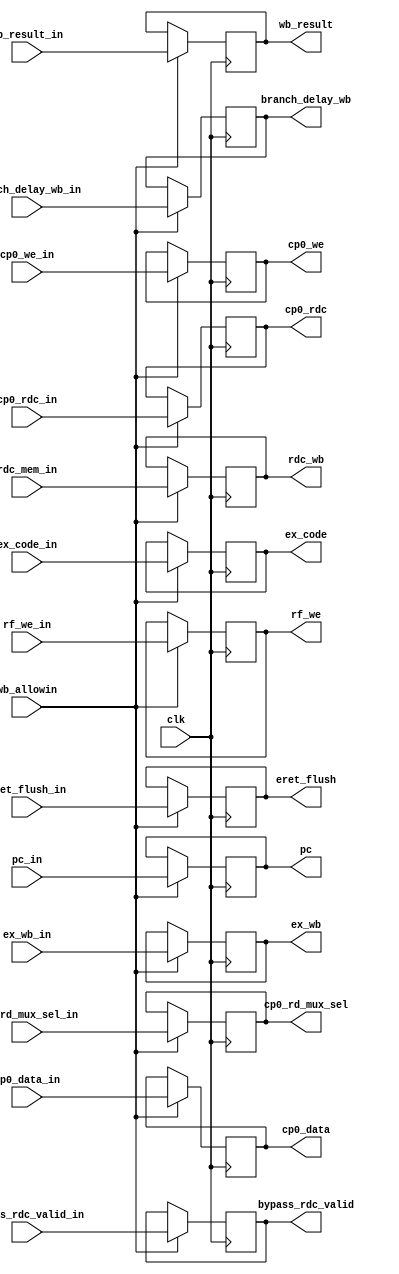
`timescale 1ns / 1ps
//////////////////////////////////////////////////////////////////////////////////
// 
// Design Name: 
// Module Name: WB_PIPE_REG
// 
//////////////////////////////////////////////////////////////////////////////////


module wb_pipe_reg
(
    input wire clk,
    input wire wb_allowin,
    input wire bypass_rdc_valid_in,
    
    input wire [31:0] wb_result_in,
    input wire [ 4:0] rdc_mem_in,
    
    input wire rf_we_in,
    
    input wire cp0_rd_mux_sel_in,
    input wire cp0_we_in,
    input wire ex_wb_in,
    input wire eret_flush_in,
    input wire branch_delay_wb_in,
    
    input wire [ 4:0] cp0_rdc_in,
    input wire [31:0] cp0_data_in,
    input wire [31:0] pc_in,
    input wire [ 4:0] ex_code_in,
    
    output reg [31:0] wb_result,
    output reg [ 4:0] rdc_wb,
    output reg rf_we,
    output reg bypass_rdc_valid,
    
    output reg cp0_rd_mux_sel,
    output reg cp0_we,
    output reg ex_wb,
    output reg eret_flush,
    output reg branch_delay_wb,
    
    output reg [ 4:0] cp0_rdc,
    output reg [31:0] cp0_data,
    output reg [31:0] pc,
    output reg [ 4:0] ex_code
);

always @ (posedge clk) begin
    if(wb_allowin) begin
        wb_result   <= wb_result_in;
        rdc_wb      <= rdc_mem_in;
        rf_we       <= rf_we_in;
        bypass_rdc_valid <= bypass_rdc_valid_in;
        
        cp0_rd_mux_sel <= cp0_rd_mux_sel_in;
        cp0_we <= cp0_we_in;
        ex_wb <= ex_wb_in;
        eret_flush <= eret_flush_in;
        branch_delay_wb <= branch_delay_wb_in;
        cp0_rdc <= cp0_rdc_in;
        cp0_data <= cp0_data_in;
        pc <= pc_in;
        ex_code <= ex_code_in;
    end
end

endmodule